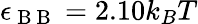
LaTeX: \epsilon_{\mathrm{~B~B~}}=2.10k_{B}T